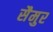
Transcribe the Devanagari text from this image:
सैमुर